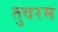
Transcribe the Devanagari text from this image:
तुवरम